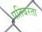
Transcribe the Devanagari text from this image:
पतिबरता